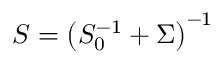
S = \left( S _ { 0 } ^ { - 1 } + \Sigma \right) ^ { - 1 }